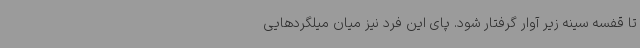
تا قفسه سینه زیر آوار گرفتار شود. پای این فرد نیز میان میلگردهایی